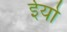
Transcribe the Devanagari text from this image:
ईर्या